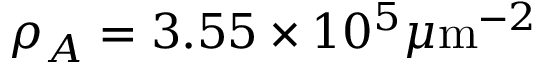
\rho _ { A } = 3 . 5 5 \times 1 0 ^ { 5 } \mu \mathrm { m } ^ { - 2 }